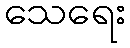
သေရေး